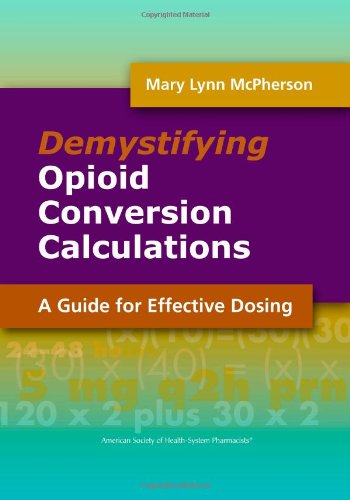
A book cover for Demystifying Opioid Conversion Calculations: A Guide for Effective Dosing (McPherson, Demystifying Opioid Conversion Calculations); Mary Lynn McPherson; Medical Books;